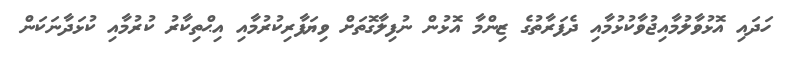
ހަދައި އޮޅުވާލުމާއިޖުވާކުޅުމާއި ދެފަރާތުގެ ޒިންމާ އޮޅުން ނުފިލާގޮތަށް ވިޔަފާރިކުރުމާއި އިޙްތިކާރު ކުރުމާއި ކުޅަދާނަކަން